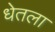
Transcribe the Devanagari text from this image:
धेतला